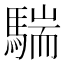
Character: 𩤚